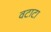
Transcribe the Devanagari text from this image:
वटाटा